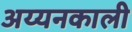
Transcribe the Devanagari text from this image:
अय्यनकाली